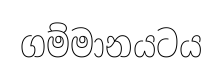
ගම්මානයටය